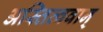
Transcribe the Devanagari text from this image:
अस्तित्ववान्‌